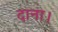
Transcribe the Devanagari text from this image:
दाना।